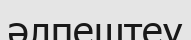
әлпештеу